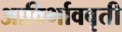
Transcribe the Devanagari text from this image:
आविर्भाववृती